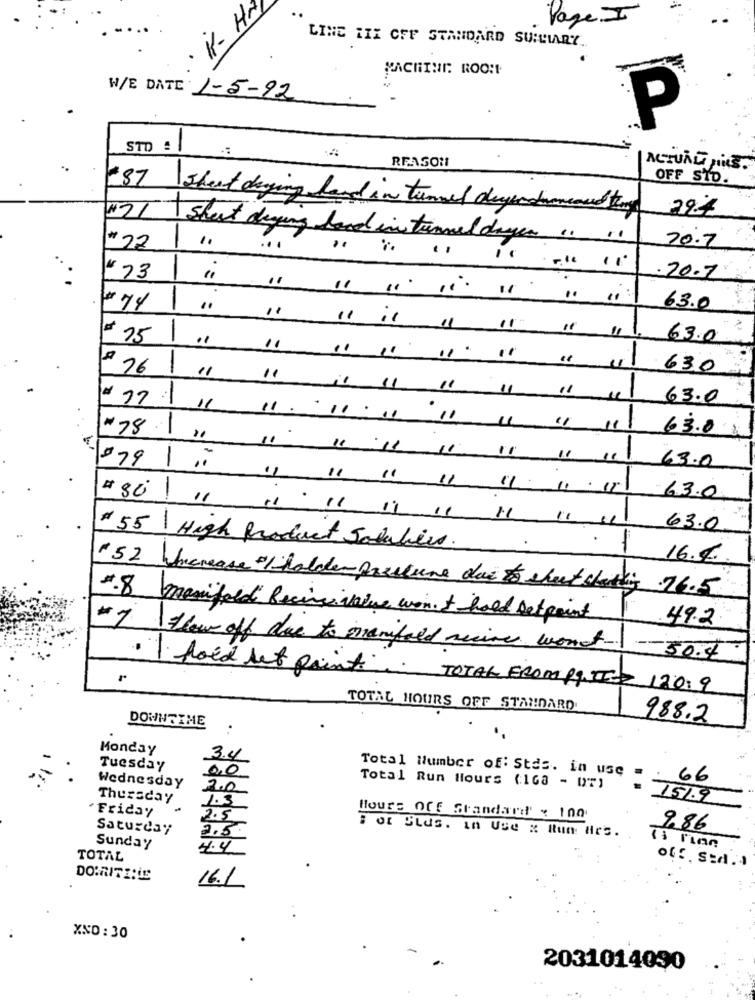
· K- H
Page I
LINE LIX OFF STANDARD SUMMARY
MACHINE: ROO !!
W/E DATE: 1-5-92
P
STD
REASON
ACTUAL JUS.
OFF STD.
87 Sheet daging land in tunnel degenommenud they
29.4
121
sheet deging food in tunnel dagen ". 11
70.7
#22
...
.20.7
11 11 11 11 "1 11
#74
63.0
= 75
1
63.0
. 76
630
is 11 11 11 11
63.0
11.11.11 1 1 / 11
63.0
#78 1.
079
-
11 11 11 11 11 1/ 11
63.0
" "1 " 1/ 11. 11.11
63.0
11. 11 11 11 11 11 11
63.0
.
1
#55 High product Solubles.
16.%.
"52 increase / holder pressure doc to sheet sharky 16.5
4.8 manifold becinsi value won't hald Detpoint
49.2
#1 Show off due to manifold recive wordt.
-- 30.4
· flood let points
TOTAL FROM PINIT- 120.9
TOTAL HOURS OFF STANDARD
DOWNTIME
988.2
..
Monday
3.4
Tuesday
0.0
Total Number of: Stds. in use
Wednesday
66
2.0
Total Run Hours (168 - DT)
Thursday
1.3
1.51.9
Friday
2.5
Hours OCE Standard . 100
Saturday
2.3.
: or PLUS. In USe & Run: Hrs.
986
Sunday
4.4
TOTAL
of !. Sed.
16.1
XND: 30
2031014090